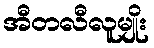
အီတလီလူမျိုး